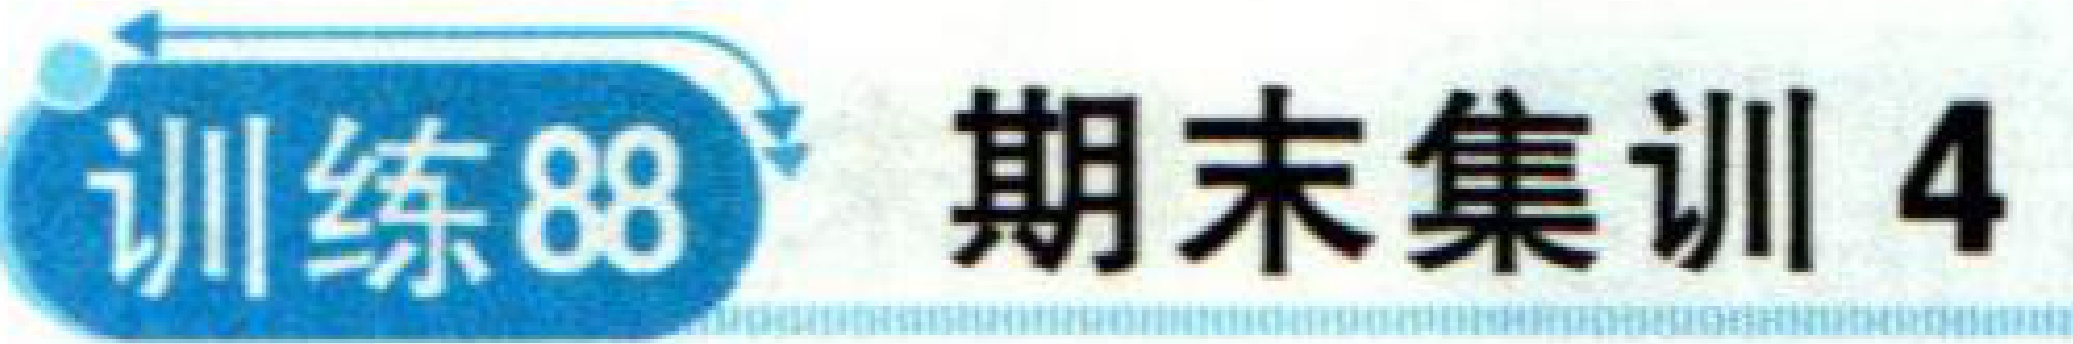
训练88 期末集训4